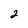
Character: 2